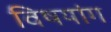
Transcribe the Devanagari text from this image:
विषयांग